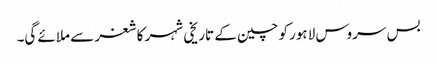
بس سروس لاہور کو چین کے تاریخی شہر کاشغر سے ملائے گی۔